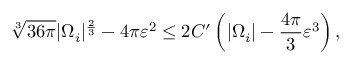
\sqrt [ 3 ] { 3 6 \pi } | \Omega _ { i } | ^ { \frac { 2 } { 3 } } - 4 \pi \varepsilon ^ { 2 } \leq 2 C ^ { \prime } \left( | \Omega _ { i } | - \frac { 4 \pi } { 3 } \varepsilon ^ { 3 } \right) ,